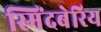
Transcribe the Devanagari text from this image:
स्मिंदबेरिय